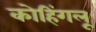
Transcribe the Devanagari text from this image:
कोहिंगलू